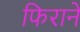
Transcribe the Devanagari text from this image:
फिराने